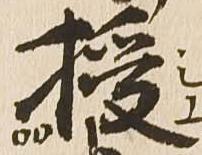
授